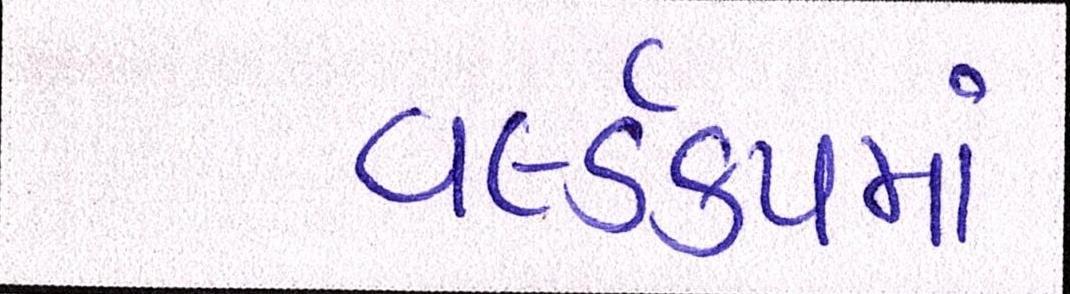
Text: વર્લ્ડકપમાં